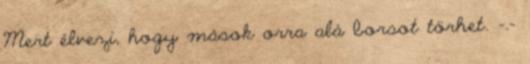
Mert élvezi, hogy mások orra alá borsot törhet. -.-